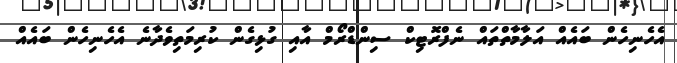
އެހެނިހެން ބައެއް އަލާމާތްތައް ނެފްރޮޓިކް ސިންޑްރޯމް އާއި ގުޅިގެން ކުރިމަތިވެދާނެ އެހެނިހެން ބައެއް